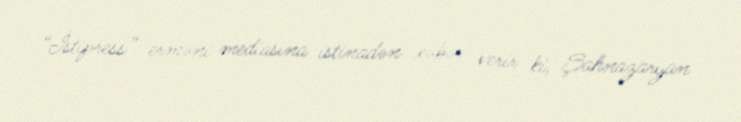
“İstipress” erməni mediasına istinadən xəbər verir ki, Şahnazaryan